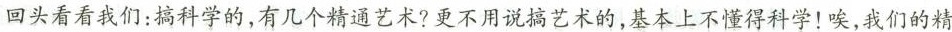
回头看看我们：搞科学的，有几个精通艺术?更不用说搞艺术的，基本上不懂得科学！唉，我们的精